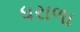
ધરાળા